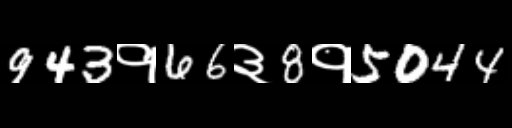
Text: 943१66३8१5044